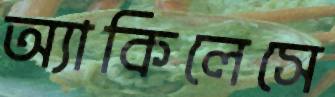
অ্যাকিলেসে